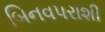
બિનવપરાશી